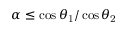
\alpha \leq \cos \theta _ { \mathrm { 1 } } / \cos \theta _ { \mathrm { 2 } }